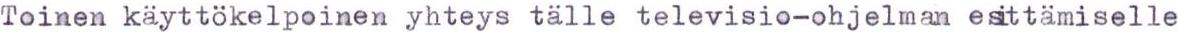
Toinen käyttökelpoinen yhteys tälle televisio-ohjelman esittämiselle